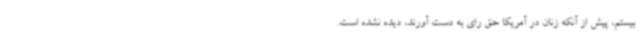
بیستم، پیش از آنکه زنان در آمریکا حق رای به دست آورند، دیده نشده است.